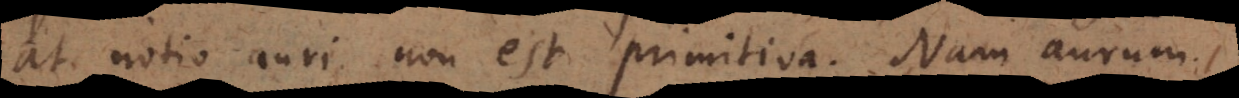
at notio auri non est primitiva. Nam aurum